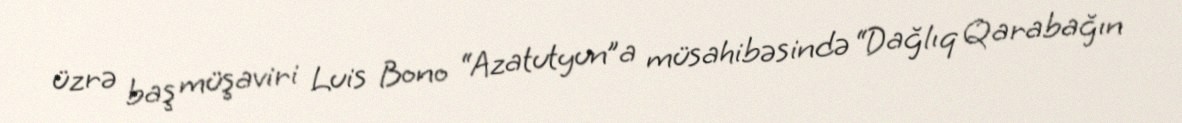
üzrə baş müşaviri Luis Bono “Azatutyun”a müsahibəsində “Dağlıq Qarabağın